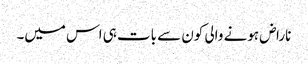
ناراض ہونے والی کون سے بات ہی اس میں۔